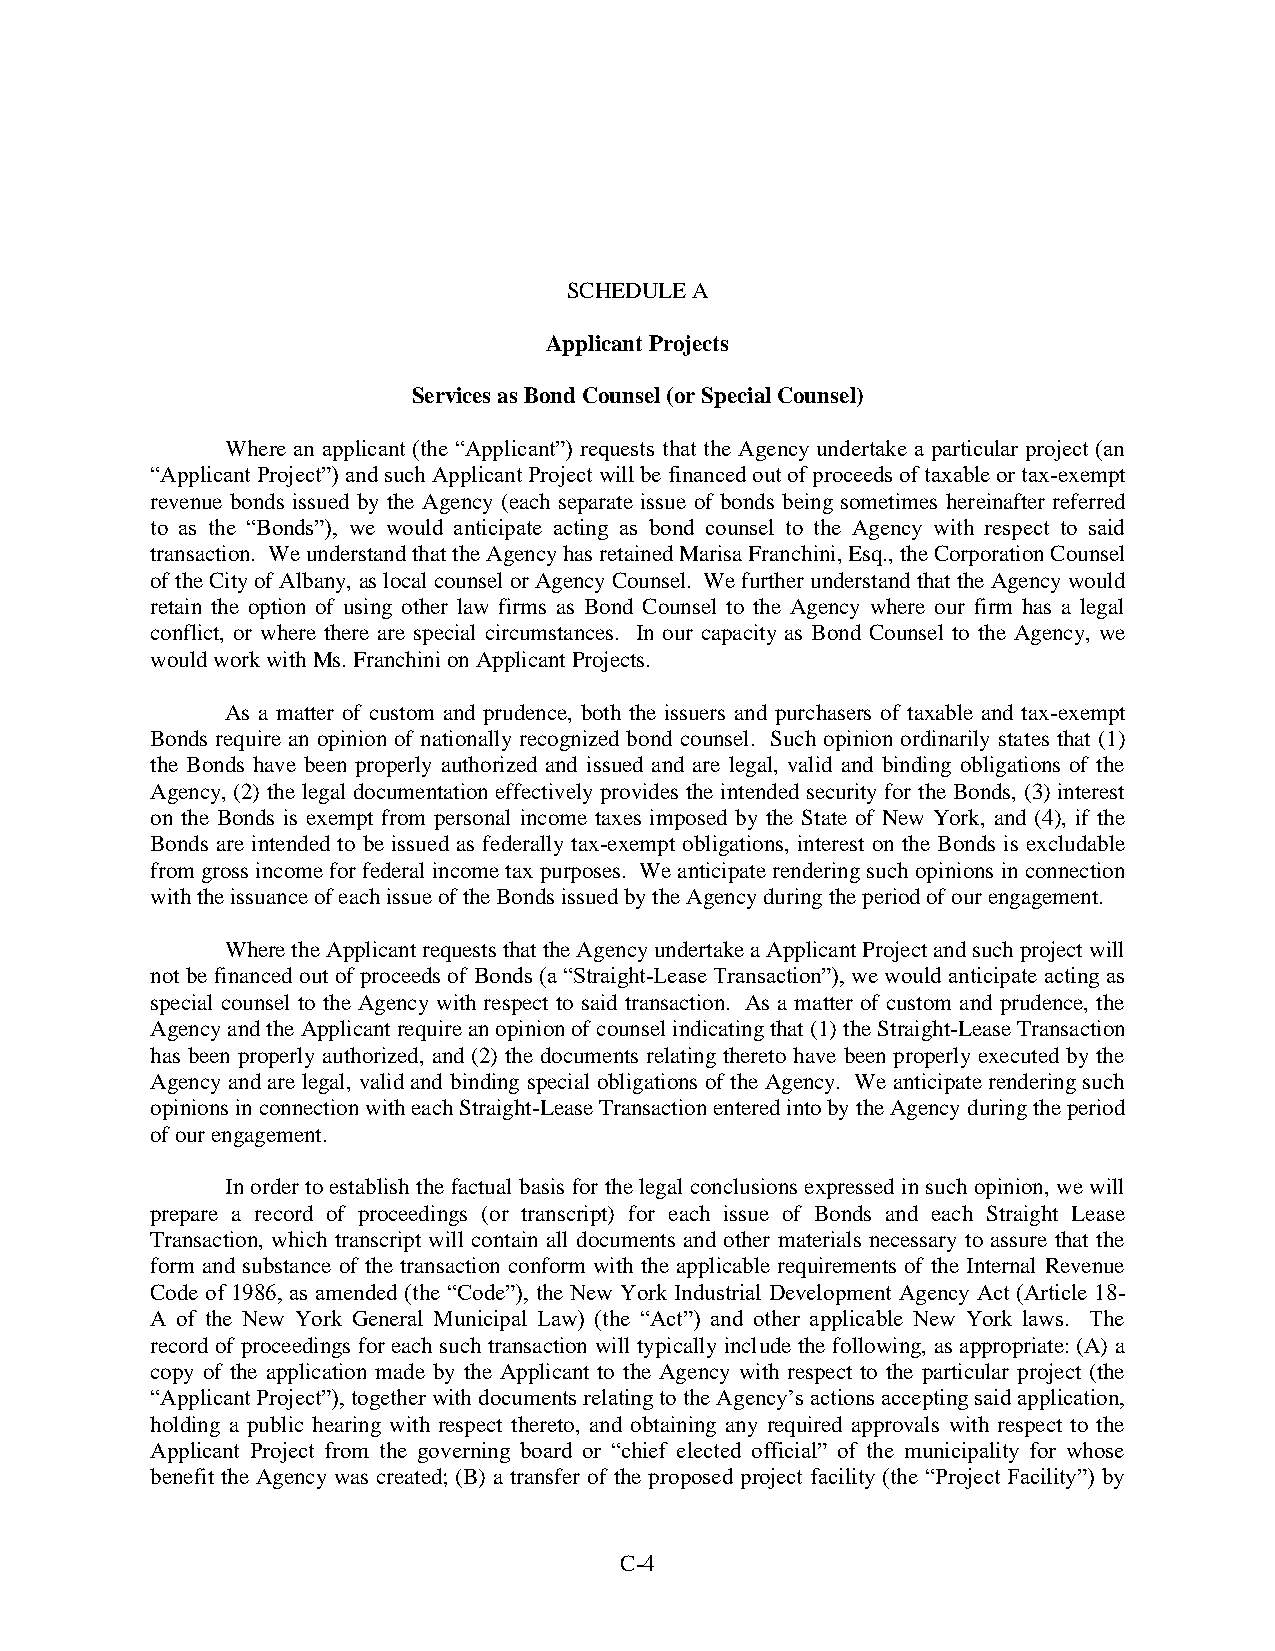
SCHEDULE A
 Applicant Projects
 Services as Bond Counsel (or Special Counsel)
 Where an applicant (the “Applicant”) requests that the Agency undertake a particular project (an
 “Applicant Project”) and such Applicant Project will be financed out of proceeds of taxable or tax-exempt
 revenue bonds issued by the Agency (each separate issue of bonds being sometimes hereinafter referred
 to as the “Bonds”), we would anticipate acting as bond counsel to the Agency with respect to said
 transaction. We understand that the Agency has retained Marisa Franchini, Esq., the Corporation Counsel
 of the City of Albany, as local counsel or Agency Counsel. We further understand that the Agency would
 retain the option of using other law firms as Bond Counsel to the Agency where our firm has a legal
 conflict, or where there are special circumstances. In our capacity as Bond Counsel to the Agency, we
 would work with Ms. Franchini on Applicant Projects.
 As a matter of custom and prudence, both the issuers and purchasers of taxable and tax-exempt
 Bonds require an opinion of nationally recognized bond counsel. Such opinion ordinarily states that (1)
 the Bonds have been properly authorized and issued and are legal, valid and binding obligations of the
 Agency, (2) the legal documentation effectively provides the intended security for the Bonds, (3) interest
 on the Bonds is exempt from personal income taxes imposed by the State of New York, and (4), if the
 Bonds are intended to be issued as federally tax-exempt obligations, interest on the Bonds is excludable
 from gross income for federal income tax purposes. We anticipate rendering such opinions in connection
 with the issuance of each issue of the Bonds issued by the Agency during the period of our engagement.
 Where the Applicant requests that the Agency undertake a Applicant Project and such project will
 not be financed out of proceeds of Bonds (a “Straight-Lease Transaction”), we would anticipate acting as
 special counsel to the Agency with respect to said transaction. As a matter of custom and prudence, the
 Agency and the Applicant require an opinion of counsel indicating that (1) the Straight-Lease Transaction
 has been properly authorized, and (2) the documents relating thereto have been properly executed by the
 Agency and are legal, valid and binding special obligations of the Agency. We anticipate rendering such
 opinions in connection with each Straight-Lease Transaction entered into by the Agency during the period
 of our engagement.
 In order to establish the factual basis for the legal conclusions expressed in such opinion, we will
 prepare a record of proceedings (or transcript) for each issue of Bonds and each Straight Lease
 Transaction, which transcript will contain all documents and other materials necessary to assure that the
 form and substance of the transaction conform with the applicable requirements of the Internal Revenue
 Code of 1986, as amended (the “Code”), the New York Industrial Development Agency Act (Article 18-
 A of the New York General Municipal Law) (the “Act”) and other applicable New York laws. The
 record of proceedings for each such transaction will typically include the following, as appropriate: (A) a
 copy of the application made by the Applicant to the Agency with respect to the particular project (the
 “Applicant Project”), together with documents relating to the Agency’s actions accepting said application,
 holding a public hearing with respect thereto, and obtaining any required approvals with respect to the
 Applicant Project from the governing board or “chief elected official” of the municipality for whose
 benefit the Agency was created; (B) a transfer of the proposed project facility (the “Project Facility”) by
 C-4